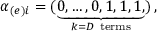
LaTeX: \alpha _ { ( e ) i } = ( \underbrace { 0 , \dots , 0 , 1 , 1 , 1 , } _ { k = D \mathrm { ~ t e r m s } } ) \, ,